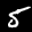
Label: 5